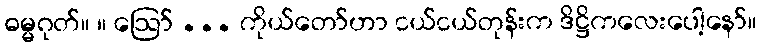
ဓမ္မဂုတ်။ ။ ဩော် ... ကိုယ်တော်ဟာ ငယ်ငယ်တုန်းက ဒိဋ္ဌိကလေးပေါ့နော်။